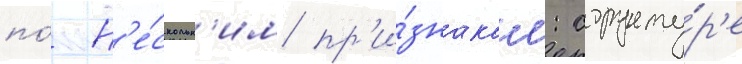
по́ н'е́скольк'им пр'и́знакам: структу́р'е